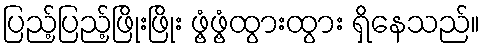
ပြည့်ပြည့်ဖြိုးဖြိုး ဖွံ့ဖွံ့ထွားထွား ရှိနေသည်။